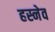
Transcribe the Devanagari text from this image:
हस्नेव